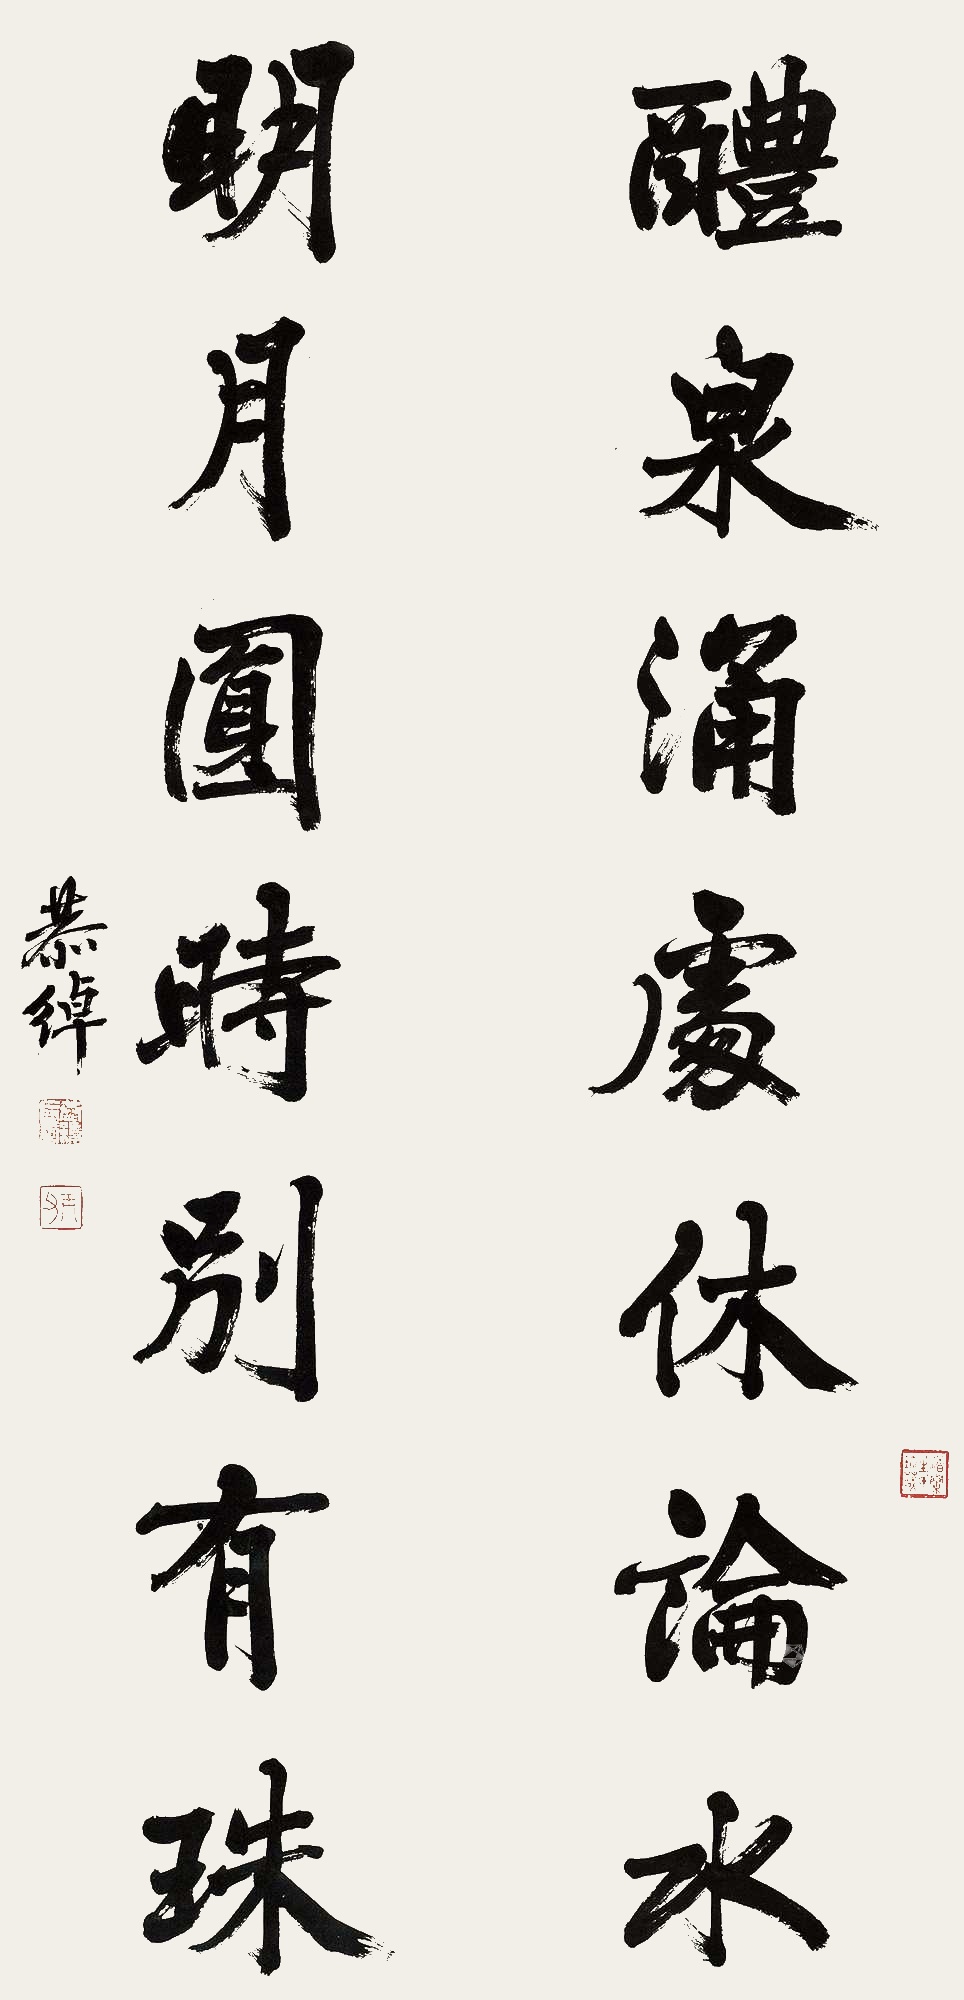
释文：醴泉涌处休论水，明月圆时别有珠。恭绰。